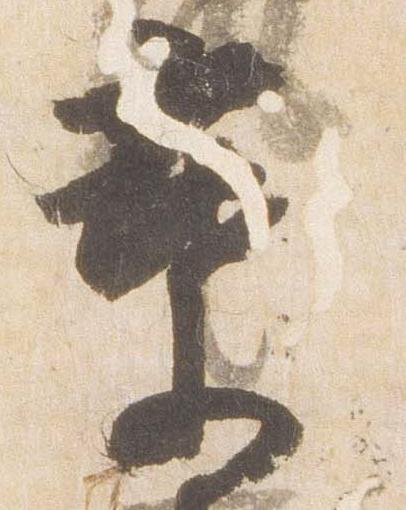
葉